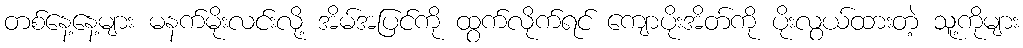
တစ်နေ့နေ့များ မနက်မိုးလင်းလို့ အိမ်အပြင်ကို ထွက်လိုက်ရင် ကျောပိုးအိတ်ကို ပိုးလွယ်ထားတဲ့ သူ့ကိုများ